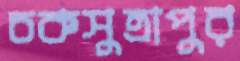
চকসুত্রাপুর